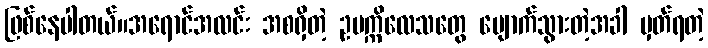
ဖြစ်နေပါတယ်။အရောင်အလင်း အစရှိတဲ့ ဥပက္ကိလေသတွေ ပျောက်သွားတဲ့အခါ မှတ်ရတဲ့